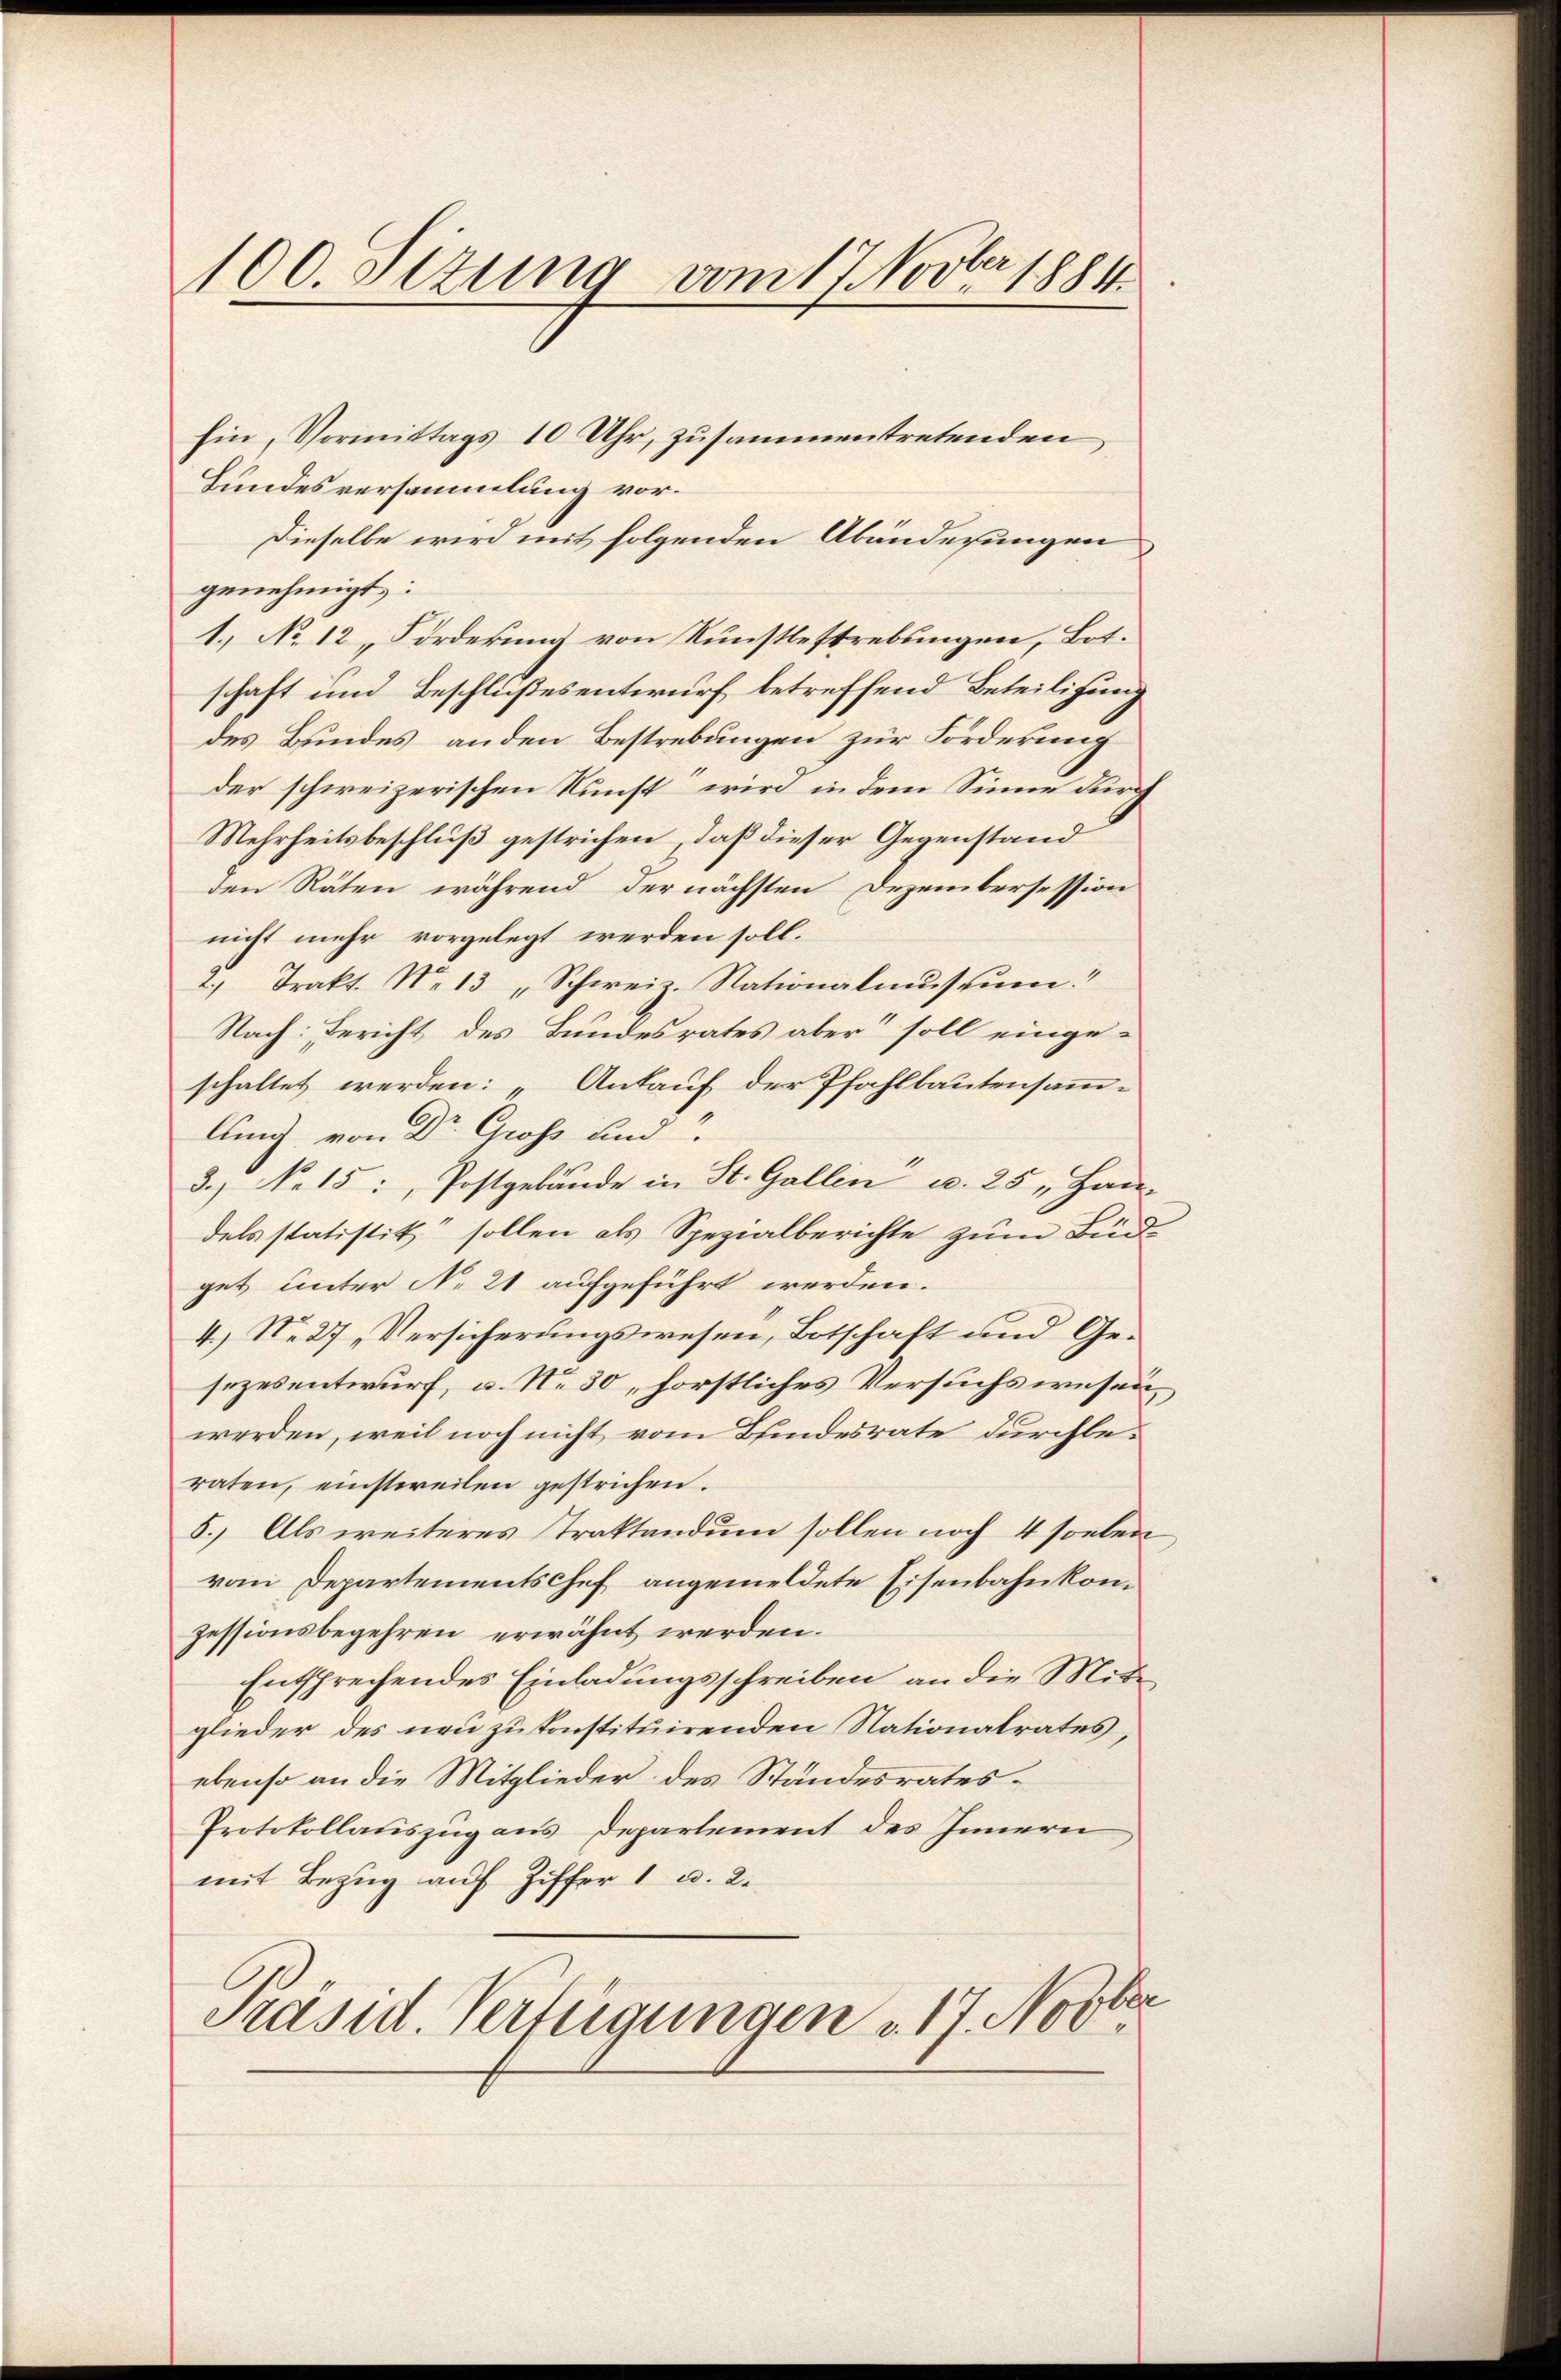
100. Setzung vom 17. Novber 1881

Ein, Vormittags 10 Uhr, zusammentretenden
Bundesversammlung vor¬
Dieselbe wird mit folgenden Abänderungen
genehmigt:
1.) No 12 Forderung von Kunstlestrebungen, Bot.
schaft und Beschlußesentwurf betreffend Beteiligung
des Bundes anden Bestrebungen zur Forderung
der schweizerischen Kunst wird in dem Sinne durch
Mehrheitsbeschluß gestrichen, daß dieser Gegenstand
den Räten während der nächsten Dezembersession
nicht mehr vorgelegt werden soll.
2. Trakt. N. 13 "Schweiz. Nationalmŭspŭm.“
Nach: Bericht des Bundesrates aber soll einge-
schaltet werden: „Ankauf der Pfahlbautensammlunnd von Dr. Gross und
3.) No 15: Postgebäude in St. Gallen u. 25 " Hau-
dels statistik“ sollen als Spezialberichte zum Budget unter No 21 aufgeführt werden.
4.) No 27 „Versicherungswesen, Botschaft und Gesezesentwurf, u. No 30, forstliches Versuchswesen
werden, weil noch nicht vom Bundesrate durchle
raten, einstweilen gestrichen.
5.) Als weiteres Traktandum sollen noch 4 soeben
vom Departementschef angemeldete Eisenbahnkomzessionsbegehren erwähnt werden.
Entsprechendes Einladungsschreiben an die Mitglieder des neu zu konstituirenden Nationalrates,
ebenso an die Mitglieder des Standesrates¬
Protokollauszug aus Departement des Innern
mit Bezug auf Ziffer 1 u. 2.
Ie
Präsid. Verfügungen u. 17. Nov.